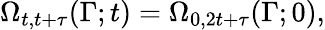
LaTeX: \Omega_{t,t+\tau}(\Gamma;t)=\Omega_{0,2t+\tau}(\Gamma;0),